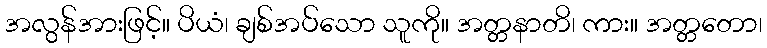
အလွန်အားဖြင့်။ ပိယံ၊ ချစ်အပ်သော သူကို။ အတ္တနာတိ၊ ကား။ အတ္တတော၊